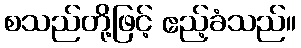
စသည်တို့ဖြင့် ဧည့်ခံသည်။